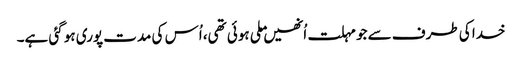
خدا کی طرف سے جو مہلت اُنھیں ملی ہوئی تھی، اُس کی مدت پوری ہو گئی ہے۔